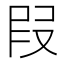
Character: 叚